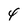
Character: 4